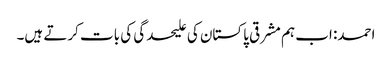
احمد: اب ہم مشرقی پاکستان کی علیحدگی کی بات کرتے ہیں۔